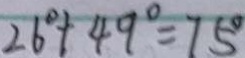
2 6 ^ { \circ } + 4 9 ^ { \circ } = 7 5 ^ { \circ }